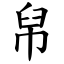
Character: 帠